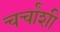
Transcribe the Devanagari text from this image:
चर्चांशी